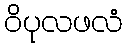
ဝိပုလဖလံ